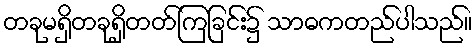
တခုမရှိတခုရှိတတ်ကြခြင်း၌ သာဓကတည်ပါသည်။